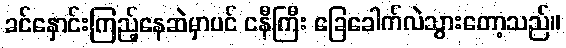
ခင်နှောင်းကြည့်နေဆဲမှာပင် ငနီကြီး ခြေခေါက်လဲသွားတော့သည်။